Black-water fever - Number 35
Disease focus: Fever
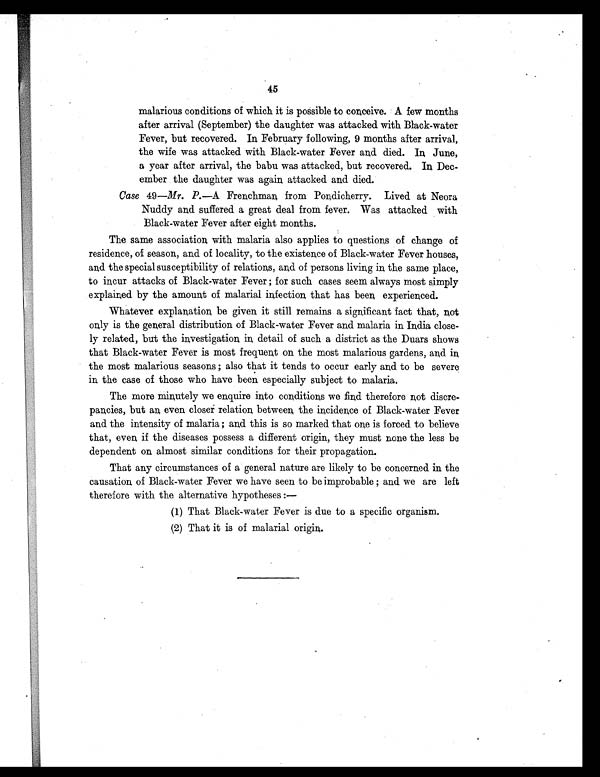
45
malarious conditions of which it is possible to conceive. A few months
after arrival (September) the daughter was attacked with Black-water
Fever, but recovered. In February following, 9 months after arrival,
the wife was attacked with Black-water Fever and died. In, June,
a year after arrival, the babu was attacked, but recovered. In, Dec-
ember the daughter was again, attacked and died.
Case 49—Mr. P.—A Frenchman, from Pondicherry. Lived at Neora
Nuddy and suffered a great deal from fever. Was attacked with
Black-water Fever after eight months.
The same association, with malaria also applies to questions of change of
residence, of season, and of locality, to the existence of Black-water Fever houses,
an,d the special susceptibility of relations, an,d of persons livin,g in, the same place,
to incur attacks of Black-water Fever ; for such cases seem always most simply
explained by the amount of malarial infection, that has been, experienced.
Whatever explanation, be given it still remains a significant fact that, n,ot
only is the general distribution of Black-water Fever and malaria in India close-
ly related, but the in,vestigation, in, detail of such a district as the Duars shows
that Black-water Fever is most frequent on the most malarious gardens, and in,
the most malarious seasons; also that it tends to occur early an,d to be severe
in the case of those who have been especially subject to malaria.
The more minutely we enquire into conditions we find therefore n,ot discre-
pancies, but an, even closes relation, between, the incidence of Black-water Fever
and the intensity of malaria; and this is so marked that on,e is forced to believe
that, even, if the diseases possess a different origin, they must none the less be
dependent on almost similar conditions for their propagation.
That any circumstances of a general nature are likely to be concerned in the
causation of Black-water Fever we have seen to be improbable; and we are left
therefore with the alternative hypotheses:—
(1) That Black-water Fever is due to a specific organism.
(2) That it is of malarial origin.